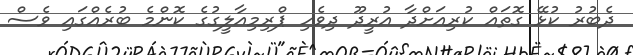
ދެބުރު ކުޅޭ ގޮތައް ކުރިއަށްދާ އުރީދޫ ދިވެހި ޕްރިމިއާލީގުގެ ކޮންމެ ބުރެއްގައި ވެސް